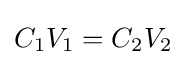
C_{1}V_{1}=C_{2}V_{2}